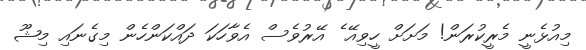
މިއުޅެނީ މެރީކުރަން! މަށަށް ހީވިއޭ ެ އޭރުވެސް އެވާހަކަ ދައްކަންހެން މިގެނައި މިޝޫ